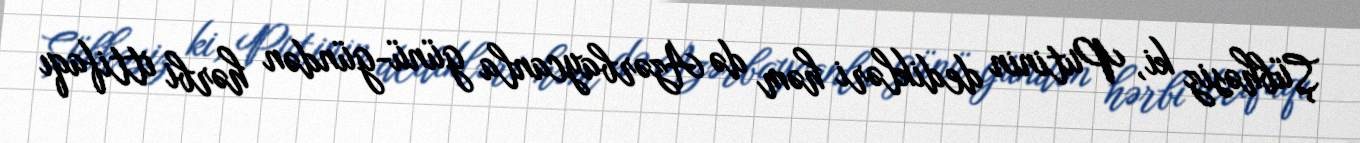
Şübhəsiz ki, Putinin dedikləri həm də Azərbaycanla günü-gündən hərbi ittifaqı